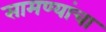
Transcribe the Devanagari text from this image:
सामण्यांचा